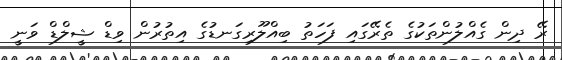
ރޭ ދިން ގެއްލުންތަކުގެ ތެރޭގައި ފަހަތު ބިއްލޫރިގަނޑުގެ އިތުރުން ވިޑް ޝީލްޑް ވަނީ